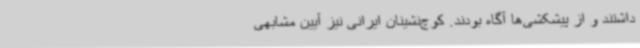
داشتند و از پیشکشی‌ها آگاه بودند. کوچ‌نشینان ایرانی نیز آیین مشابهی